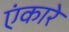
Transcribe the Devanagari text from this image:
एंकारे